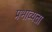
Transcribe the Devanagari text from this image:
प्रभाव्यता